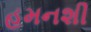
હમનશી